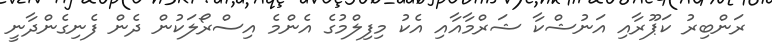
ރަންބިރު ކަޕޫރާއި އަނުޝްކާ ޝަރްމާއާއި އެކު މިފިލްމުގެ އެންމެ އިސްރޯލަކުން ދެން ފެނިގެންދާނީ